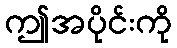
ဤအပိုင်းကို